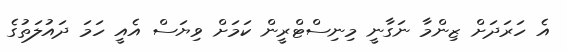
އެ ހަރަދަށް ޒިންމާ ނަގާނީ މިނިސްޓްރީން ކަމަށް ވިޔަސް އެއީ ހަމަ ދައުލަތުގެ